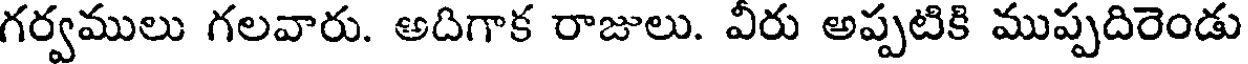
గర్వములు గలవారు. అదిగాక రాజులు. వీరు అప్పటికి ముప్పదిరెండు